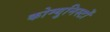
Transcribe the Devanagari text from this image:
कोम्युनिस्टों